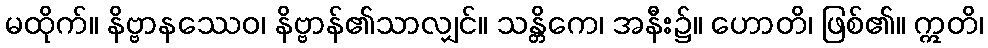
မထိုက်။ နိဗ္ဗာနဿေဝ၊ နိဗ္ဗာန်၏သာလျှင်။ သန္တိကေ၊ အနီး၌။ ဟောတိ၊ ဖြစ်၏။ ဣတိ၊